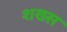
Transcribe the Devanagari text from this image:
शख्‍स